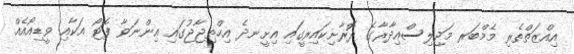
އިއްޒަތްތެރި މެމްބަރ މަޖިލިސްއިދާރާގެ ދޮރާށިކައިރީގައި އިށީނދެ އިހްތިޖާޖުގައި އިންނަވާ ފޮޓޯ އަކާއި ވީޑިއޯއެއް